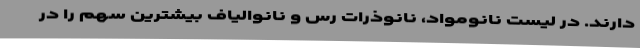
دارند. در لیست نانومواد، نانوذرات رس و نانوالیاف بیشترین سهم را در